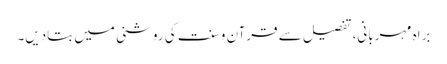
براہ مہربانی، تفصیل سے قرآن و سنت کی روشنی میں بتادیں۔